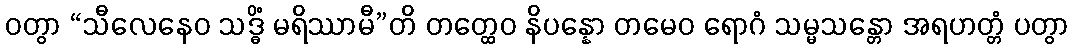
ဝတွာ “သီလေနေဝ သဒ္ဓိံ မရိဿာမီ”တိ တတ္ထေဝ နိပန္နော တမေဝ ရောဂံ သမ္မသန္တော အရဟတ္တံ ပတွာ